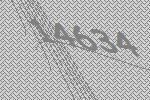
14634